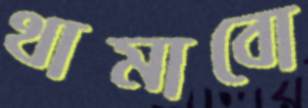
থামাবো